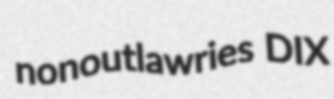
nonoutlawries DIX